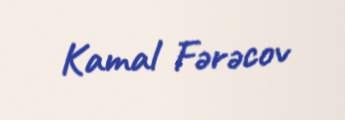
Kamal Fərəcov